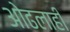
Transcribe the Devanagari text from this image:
ओढलाही